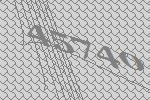
45740